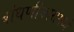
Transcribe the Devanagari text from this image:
बांधणीकारांमध्ये